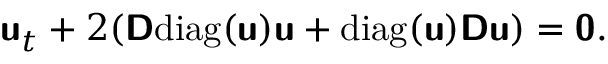
\mathbf { \boldsymbol { \mathsf { u } } } _ { t } + 2 ( \mathbf { \boldsymbol { \mathsf { D } } } \mathrm { d i a g } ( \mathbf { \boldsymbol { \mathsf { u } } } ) \mathbf { \boldsymbol { \mathsf { u } } } + \mathrm { d i a g } ( \mathbf { \boldsymbol { \mathsf { u } } } ) \mathbf { \boldsymbol { \mathsf { D } } } \mathbf { \boldsymbol { \mathsf { u } } } ) = \mathbf { \boldsymbol { \mathsf { 0 } } } .